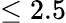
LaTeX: \leq 2.5